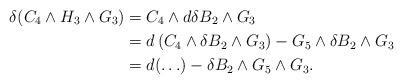
LaTeX: \begin{align*}\delta(C_4\wedge H_3\wedge G_3)&=C_4\wedge d\delta B_2\wedge G_3\\&=d\left(C_4\wedge \delta B_2\wedge G_3\right)-G_5\wedge \delta B_2\wedge G_3\\&=d(\ldots)-\delta B_2\wedge G_5\wedge G_3.\end{align*}